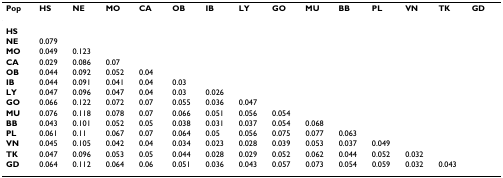
| Pop | HS | NE | MO | CA | OB | IB | LY | GO | MU | BB | PL | VN | TK | GD |
 | --- | --- | --- | --- | --- | --- | --- | --- | --- | --- | --- | --- | --- | --- | --- |
 | HS |  |  |  |  |  |  |  |  |  |  |  |  |  |  |
 | NE | 0.079 |  |  |  |  |  |  |  |  |  |  |  |  |  |
 | MO | 0.049 | 0.123 |  |  |  |  |  |  |  |  |  |  |  |  |
 | CA | 0.029 | 0.086 | 0.07 |  |  |  |  |  |  |  |  |  |  |  |
 | OB | 0.044 | 0.092 | 0.052 | 0.04 |  |  |  |  |  |  |  |  |  |  |
 | IB | 0.044 | 0.091 | 0.041 | 0.04 | 0.03 |  |  |  |  |  |  |  |  |  |
 | LY | 0.047 | 0.096 | 0.047 | 0.04 | 0.03 | 0.026 |  |  |  |  |  |  |  |  |
 | GO | 0.066 | 0.122 | 0.072 | 0.07 | 0.055 | 0.036 | 0.047 |  |  |  |  |  |  |  |
 | MU | 0.076 | 0.118 | 0.078 | 0.07 | 0.066 | 0.051 | 0.056 | 0.054 |  |  |  |  |  |  |
 | BB | 0.043 | 0.101 | 0.052 | 0.05 | 0.038 | 0.031 | 0.037 | 0.054 | 0.068 |  |  |  |  |  |
 | PL | 0.061 | 0.11 | 0.067 | 0.07 | 0.064 | 0.05 | 0.056 | 0.075 | 0.077 | 0.063 |  |  |  |  |
 | VN | 0.045 | 0.105 | 0.042 | 0.04 | 0.034 | 0.023 | 0.028 | 0.039 | 0.053 | 0.037 | 0.049 |  |  |  |
 | TK | 0.047 | 0.096 | 0.053 | 0.05 | 0.044 | 0.028 | 0.029 | 0.052 | 0.062 | 0.044 | 0.052 | 0.032 |  |  |
 | GD | 0.064 | 0.112 | 0.064 | 0.06 | 0.051 | 0.036 | 0.043 | 0.057 | 0.073 | 0.054 | 0.059 | 0.032 | 0.043 |  |